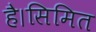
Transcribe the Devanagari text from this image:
है।सिमित